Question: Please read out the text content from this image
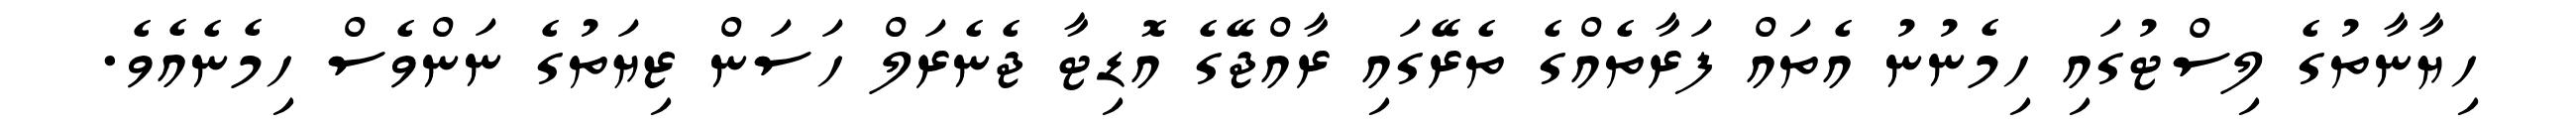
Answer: ހިޔާނާތުގެ ލިސްޓުގައި ހިމެނުނު އެތައް ފަރާތެއްގެ ތެރޭގައި ރާއްޖޭގެ އޮޑިޓާ ޖެނެރަލް ހަސަން ޒިޔަތުގެ ނަންވެސް ހިމެނެއެވެ.